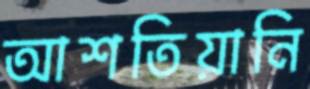
আশতিয়ানি